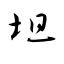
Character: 坦